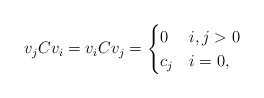
\begin{align*}v_{j}Cv_{i}=v_{i}Cv_{j}=\begin{cases}0 & i,j>0\\c_{j} & i=0,\end{cases}\end{align*}